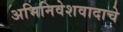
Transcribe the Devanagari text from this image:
अभिनिवेशवादाचे